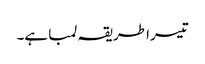
تیسرا طریقہ لمبا ہے۔